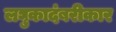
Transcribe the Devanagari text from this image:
लघुकादंबरीकार